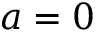
a = 0